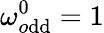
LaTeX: \omega_{o\mathrm{d}\mathrm{d}}^{0}=1